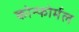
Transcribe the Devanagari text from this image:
कोन्फोर्मल